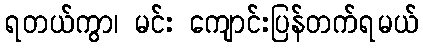
ရတယ်ကွာ၊ မင်း ကျောင်းပြန်တက်ရမယ်